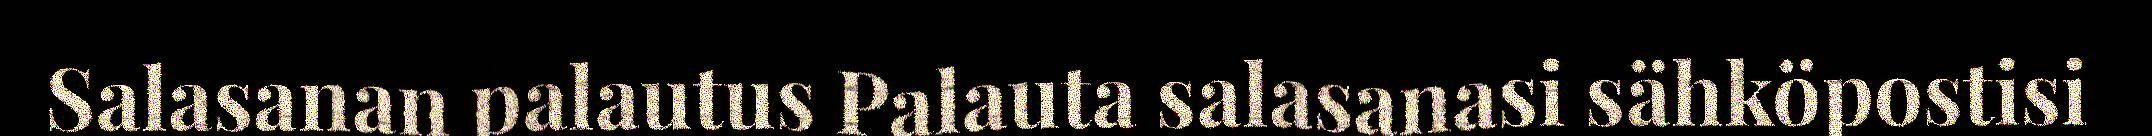
Salasanan palautus Palauta salasanasi sähköpostisi